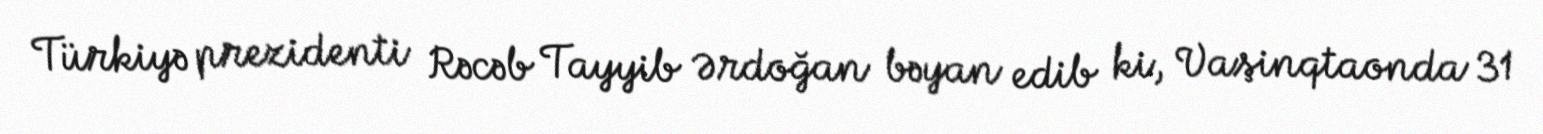
Türkiyə prezidenti Rəcəb Tayyib Ərdoğan bəyan edib ki, Vaşinqtaonda 31